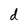
Character: d